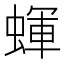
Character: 𧎊